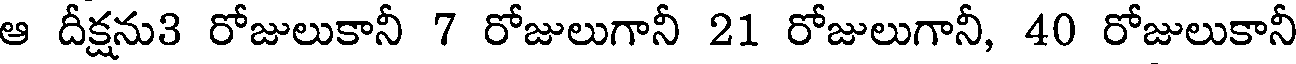
ఆ దీక్షను3 రోజులుకానీ 7 రోజులుగానీ 21 రోజులుగానీ, 40 రోజులుకానీ